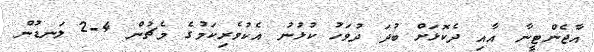
އާޖެންޓީނާ އާއި ދެކޮޅަށް ބުދަ ދުވަހު ކުޅުނު އެކުވެރިކަމުގެ މެޗުން 4-2 ލަނޑުން